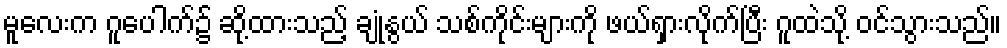
မူလေးက ဂူပေါက်၌ ဆို့ထားသည့် ချုံနွယ် သစ်ကိုင်းများကို ဖယ်ရှားလိုက်ပြီး ဂူထဲသို့ ဝင်သွားသည်။